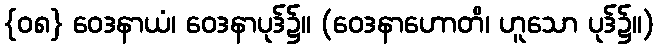
{၀၈} ဝေဒနာယံ၊ ဝေဒနာပုဒ်၌။ (ဝေဒနာဟောတိ၊ ဟူသော ပုဒ်၌။)